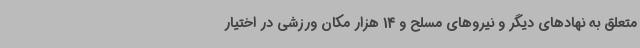
متعلق به نهادهای دیگر و نیروهای مسلح و 14 هزار مکان ورزشی در اختیار